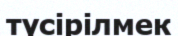
түсірілмек